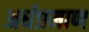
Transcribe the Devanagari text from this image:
अर्धप्रमाण